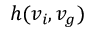
h ( v _ { i } , v _ { g } )